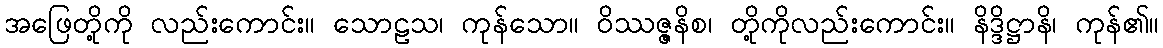
အဖြေတို့ကို လည်းကောင်း။ သောဠသ၊ ကုန်သော။ ဝိဿဇ္ဇနိစ၊ တို့ကိုလည်းကောင်း။ နိဒ္ဒိဋ္ဌာနိ၊ ကုန်၏။